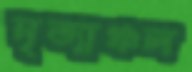
নৃত্যাঞ্চল